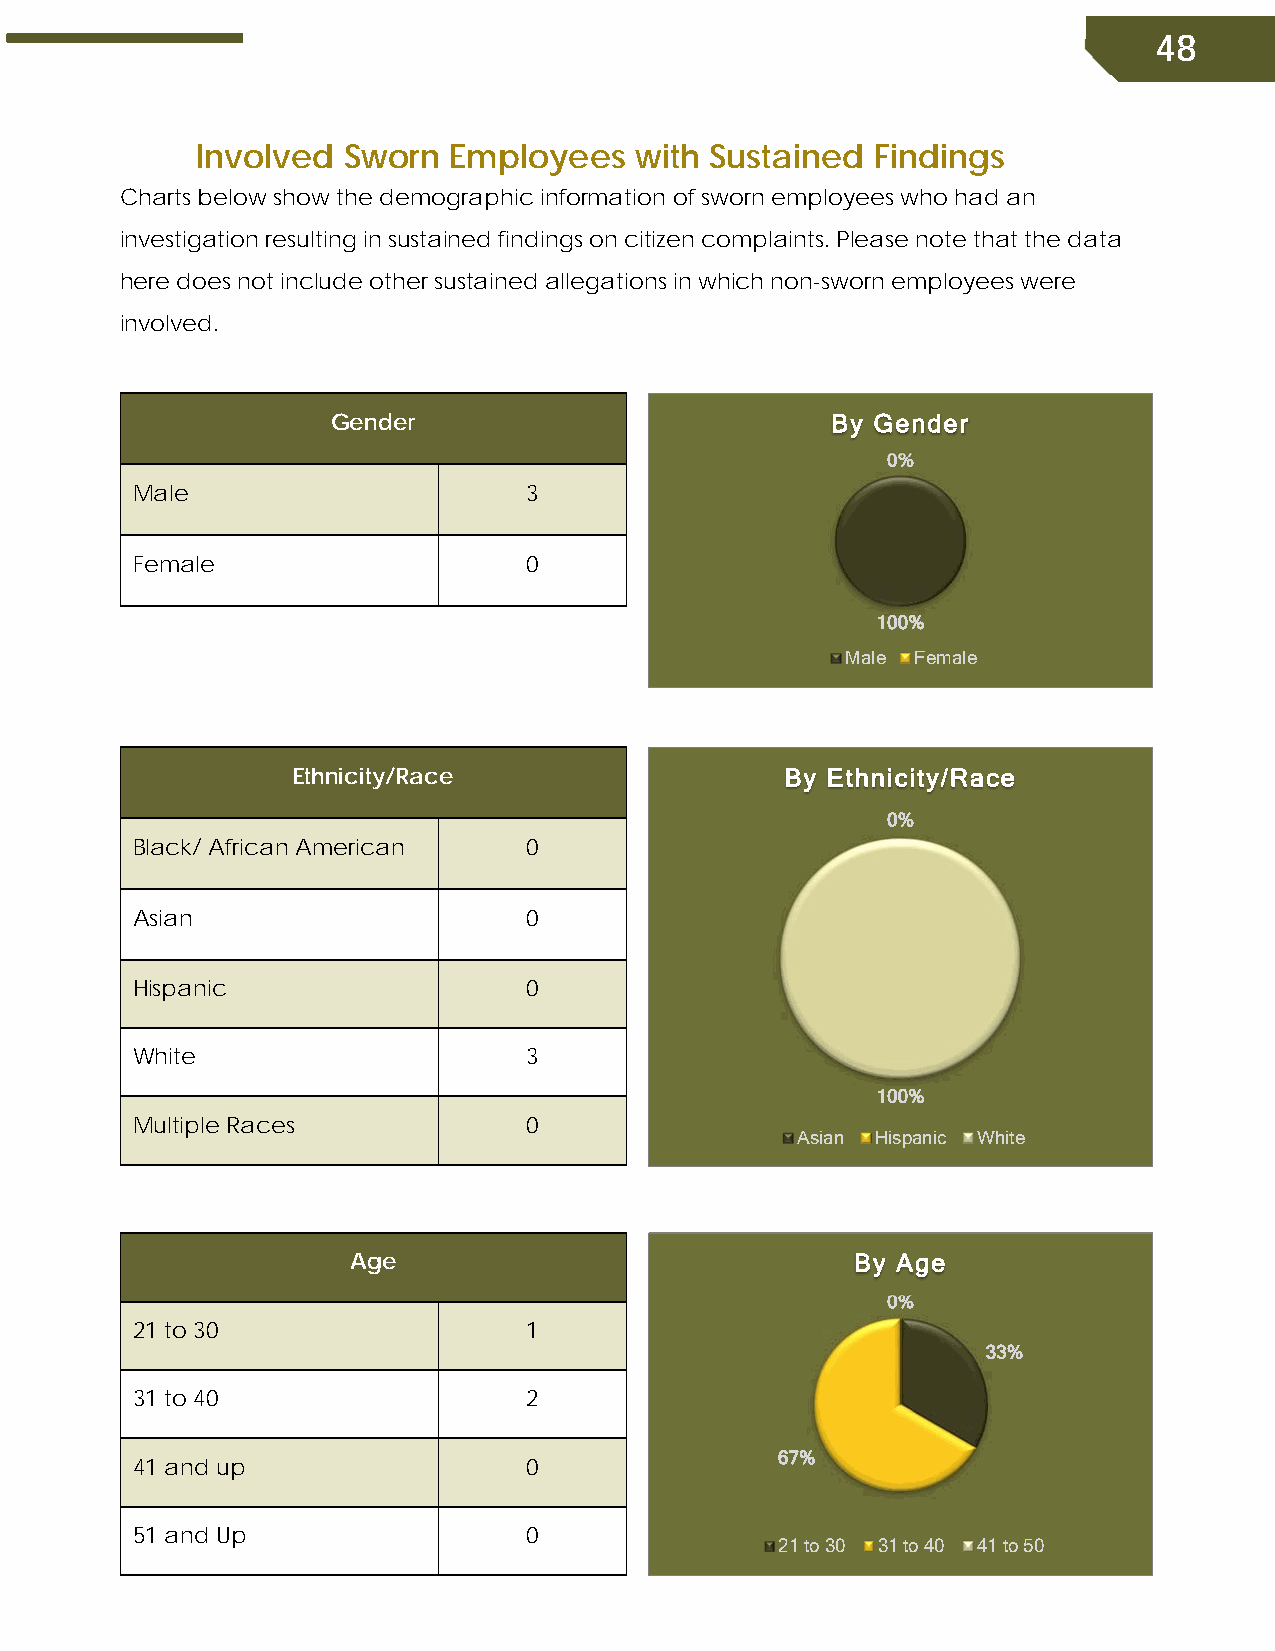
48
 Involved  Sworn  Employees   with Sustained  Findings
 Charts below show the demographic information of sworn employees who had an
 investigation resulting in sustained findings on citizen complaints. Please note that the data
 here does not include other sustained allegations in which non-sworn employees were
 involved.
 Gender                           By Gender
 0%
 Male                      3
 Female                    0
 100%
 Male Female
 Ethnicity/Race                   By Ethnicity/Race
 00%%
 Black/ African American   0
 Asian                     0
 Hispanic                  0
 White                     3
 100%
 Multiple Races            0
 Asian Hispanic White
 Age                               By Age
 0%
 21 to 30                  1
 33%
 31 to 40                  2
 67%
 41 and up                 0
 51 and Up                 0
 21 to 30 31 to 40 41 to 50